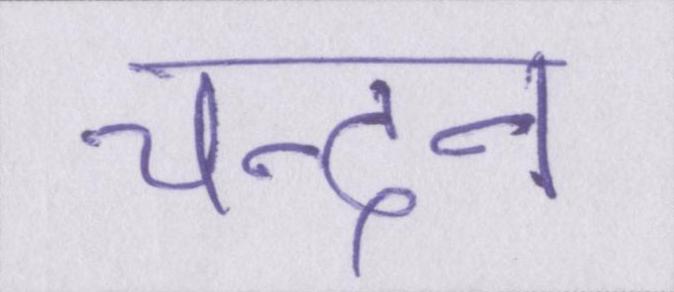
चन्दन